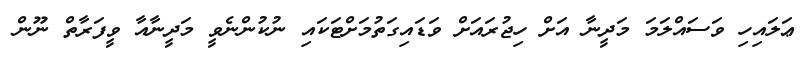
ޢަލައިހި ވަސައްލަމަ މަދީނާ އަށް ހިޖުރައަށް ވަޑައިގަތުމަށްޓަކައި ނުކުންނެވީ މަދީނާއާ ވީފަރާތް ނޫން